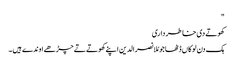
"
کھوتے دی خاطر داری
ہک دن لوکاں ڈٹھا جو مُلا نصرالدین اپنے کھوتے تے چڑھے اوندے ہیں ۔